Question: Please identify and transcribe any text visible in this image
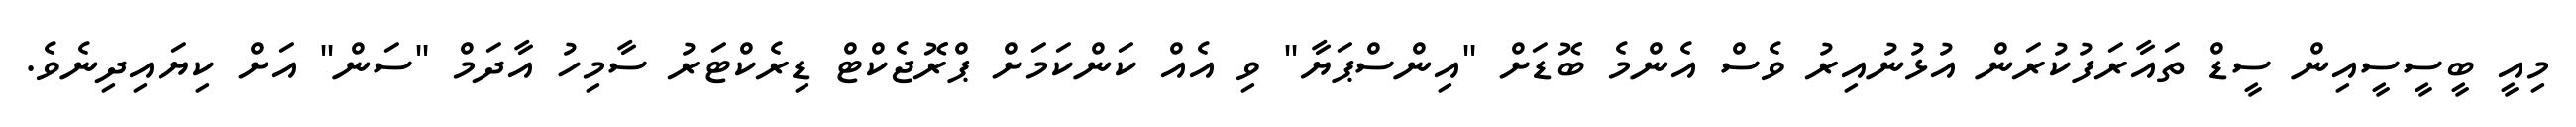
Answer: މިއީ ބީސީސީއިން ސީޑް ތައާރަފުކުރަން އުޅުނުއިރު ވެސް އެންމެ ބޮޑަށް "އިންސްޕަޔާ" ވި އެއް ކަންކަމަށް ޕްރޮޖެކްޓް ޑިރެކްޓަރު ސާމިހު އާދަމް "ސަން" އަށް ކިޔައިދިނެވެ.